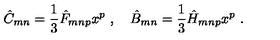
\hat { C } _ { m n } = \frac { 1 } { 3 } \hat { F } _ { m n p } x ^ { p } \ , \quad \hat { B } _ { m n } = \frac { 1 } { 3 } \hat { H } _ { m n p } x ^ { p } \ .